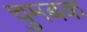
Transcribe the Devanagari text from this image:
चुमबक